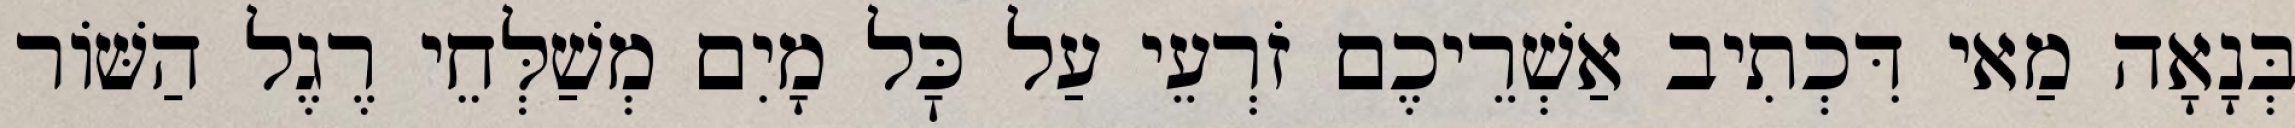
בְּנָאָה מַאי דִּכְתִיב אַשְׁרֵיכֶם זֹרְעֵי עַל כׇּל מָיִם מְשַׁלְּחֵי רֶגֶל הַשּׁוֹר